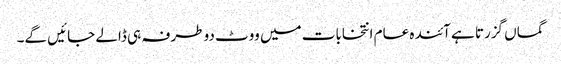
گماں گزرتا ہے آئندہ عام انتخابات میں ووٹ دو طرفہ ہی ڈالے جائیں گے۔